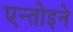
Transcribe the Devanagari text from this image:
एन्तोइने